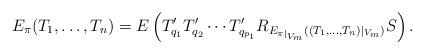
LaTeX: \begin{align*}E_\pi(T_1, \ldots, T_n) = E\left(T'_{q_1} T'_{q_2} \cdots T'_{q_{p_1}} R_{E_{\pi|_{V_m}}((T_1, \ldots, T_n)|_{V_m})} S\right). \end{align*}